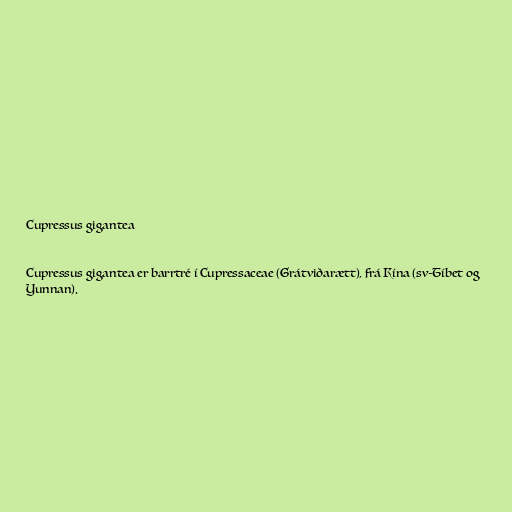
Cupressus gigantea

Cupressus gigantea er barrtré í Cupressaceae (Grátviðarætt), frá Kína (sv-Tíbet og
Yunnan).